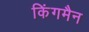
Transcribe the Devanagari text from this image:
किंगमैन